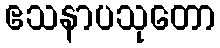
ဧသနာပသုတော